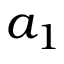
a _ { 1 }